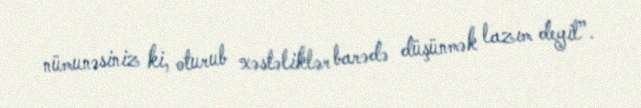
nümunəsiniz ki, oturub xəstəliklər barədə düşünmək lazım deyil”.